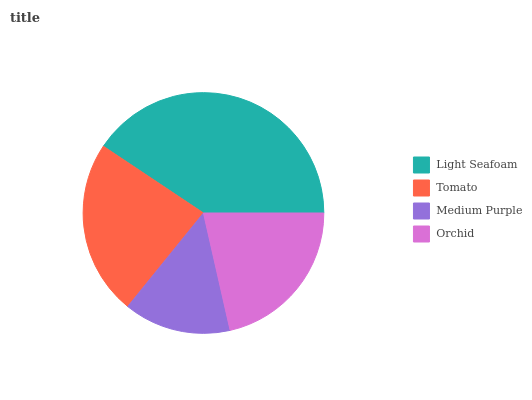
| Light Seafoam | Tomato | Medium Purple | Orchid |
 | --- | --- | --- | --- |
 | 40.6% | 23.6% | 14.4% | 21.5% |